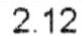
2.12